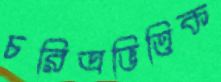
চরিত্রভিত্তিক